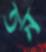
তন